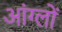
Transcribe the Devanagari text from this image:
आंग्लों